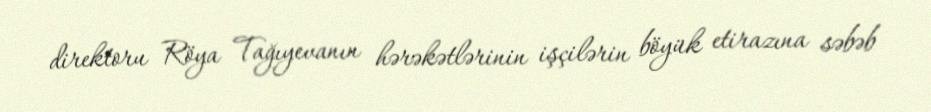
direktoru Röya Tağıyevanın hərəkətlərinin işçilərin böyük etirazına səbəb